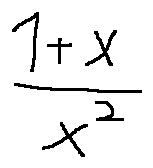
\frac { 1 + x } { x ^ { 2 } }